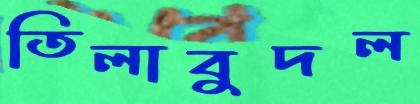
তিলাবুদল